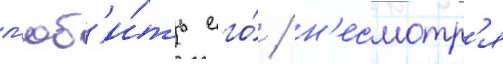
л'юб'и́ть его́ / н'есмотр'я